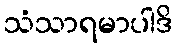
သံသာရမာပါဒိ